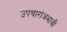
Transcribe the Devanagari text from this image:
उपचारांअभावी